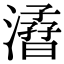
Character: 㵫